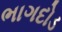
ભાગદોડ